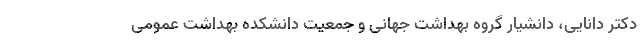
دکتر دانایی، دانشیار گروه بهداشت جهانی و جمعیت دانشکده بهداشت عمومی